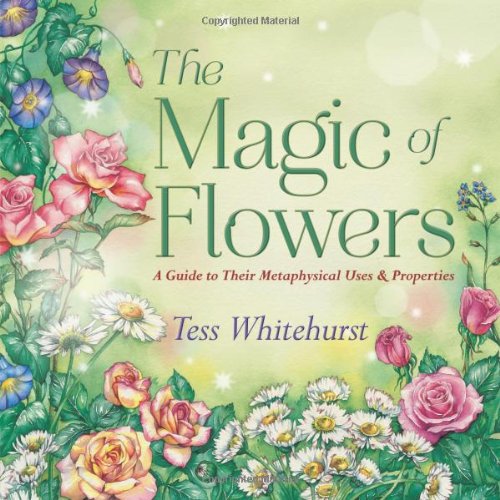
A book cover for The Magic of Flowers: A Guide to Their Metaphysical Uses & Properties; Tess Whitehurst; Health, Fitness & Dieting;